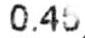
0.45